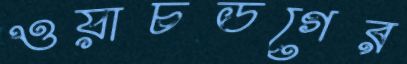
ওয়াচডগের